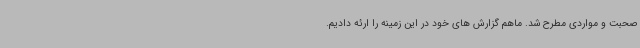
صحبت و مواردی مطرح شد. ماهم گزارش های خود در این زمینه را ارئه دادیم‌.